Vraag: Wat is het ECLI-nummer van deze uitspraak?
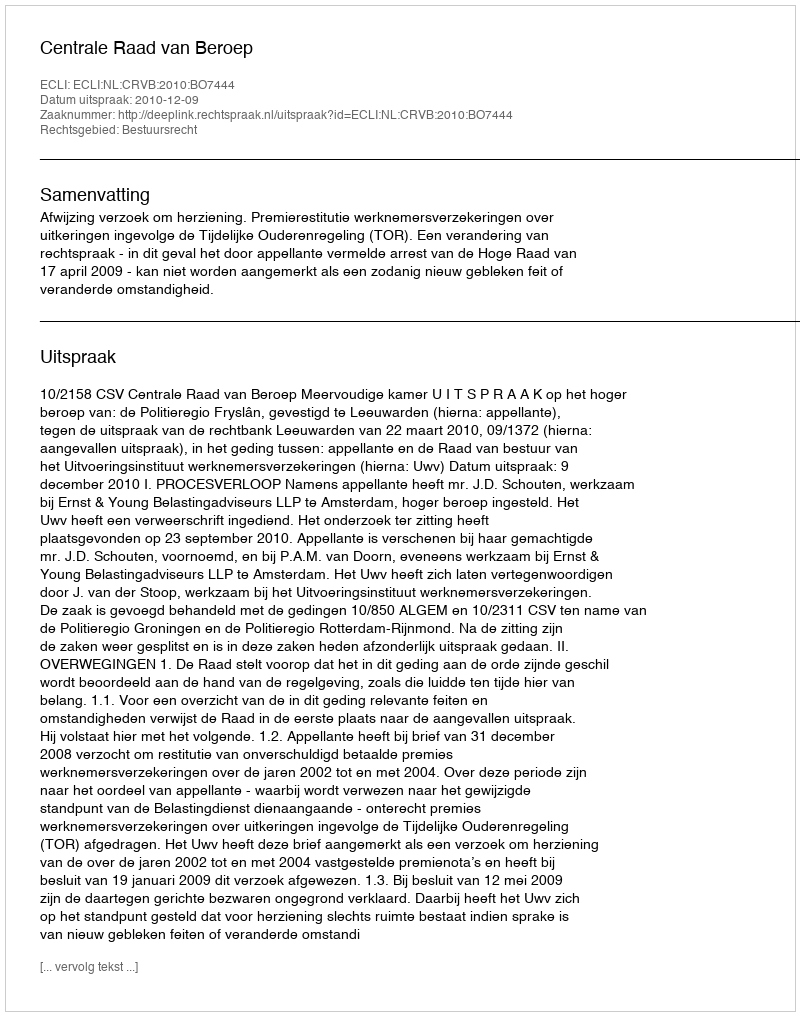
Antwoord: ECLI:NL:CRVB:2010:BO7444